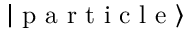
\left| \textrm { p a r t i c l e } \right\rangle